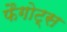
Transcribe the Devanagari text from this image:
फैगोट्स